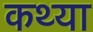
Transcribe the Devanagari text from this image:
कथ्या